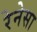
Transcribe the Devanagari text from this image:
रेनेसा